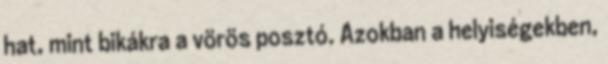
hat, mint bikákra a vörös posztó. Azokban a helyiségekben,